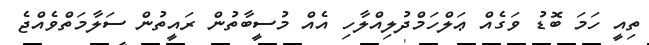
ތިއީ ހަމަ ބޮޑު ވަގެއް ޢަލްހަމްދުލިއްލާހި އެއް މުސީބާތުން ރައީތުން ސަލާމަތްވެއްޖެ